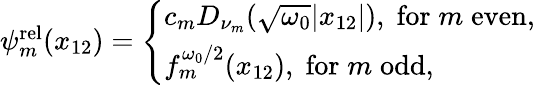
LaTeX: \begin{array}{r}{\psi_{m}^{\mathrm{rel}}(x_{12})=\left\{ \begin{array}{ll}{c_{m}D_{\nu_{m}}(\sqrt{\omega_{0}}|x_{12}|),\; \mathrm{for}\; m\; \mathrm{even},}\\ {f_{m}^{\omega_{0}/2}(x_{12}),\; \mathrm{for}\; m\; \mathrm{odd},}\end{array}\right.}\end{array}